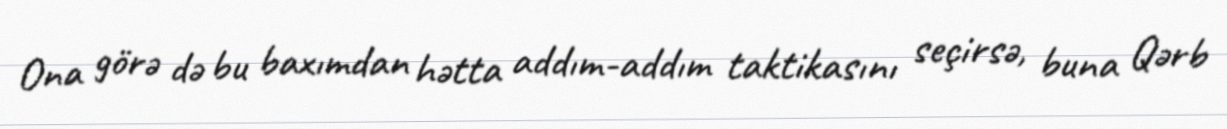
Ona görə də bu baxımdan hətta addım-addım taktikasını seçirsə, buna Qərb